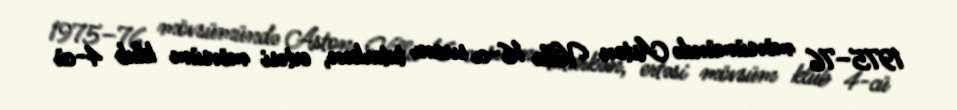
1975–76 mövsümündə Aston Villa 16-cı sıranı tutarkən, ertəsi mövsüm klub 4-cü